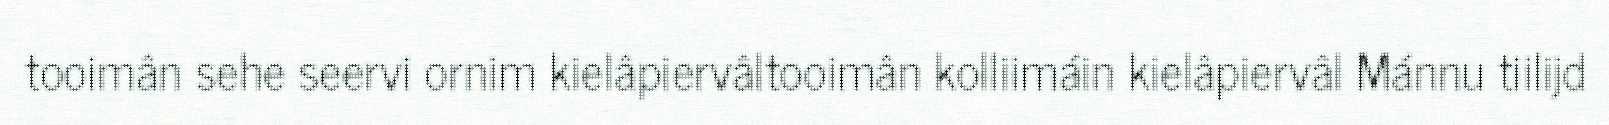
tooimân sehe seervi ornim kielâpiervâltooimân kolliimáin kielâpiervâl Mánnu tiilijd